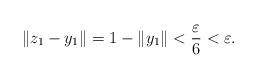
LaTeX: \begin{align*}\Vert z_1 - y_1\Vert = 1- \Vert y_1\Vert < \frac{\varepsilon}{6} < \varepsilon.\end{align*}